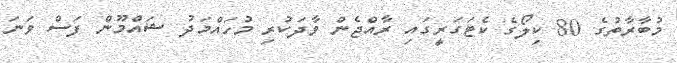
މުބާރާތުގެ 80 ކިލޯގެ ކެޓަގަރީގައި ރާއްޖެން ވާދަކުރި މުހައްމަދު ޝައްމޫން ފަސް ވަނަ